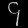
Digit: ၄